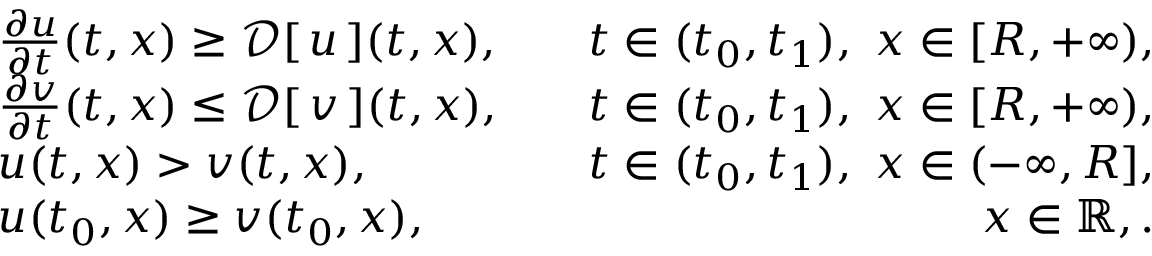
\begin{array} { r l r } & { \frac { \partial u } { \partial t } ( t , x ) \ge { \mathcal { D } } [ \, { u } \, ] ( t , x ) , } & { \quad t \in ( t _ { 0 } , t _ { 1 } ) , \ x \in [ R , + \infty ) , } \\ & { \frac { \partial v } { \partial t } ( t , x ) \le { \mathcal { D } } [ \, { v } \, ] ( t , x ) , } & { \quad t \in ( t _ { 0 } , t _ { 1 } ) , \ x \in [ R , + \infty ) , } \\ & { u ( t , x ) > v ( t , x ) , } & { \quad t \in ( t _ { 0 } , t _ { 1 } ) , \ x \in ( - \infty , R ] , } \\ & { u ( t _ { 0 } , x ) \ge v ( t _ { 0 } , x ) , } & { \quad x \in \mathbb { R } , . } \end{array}